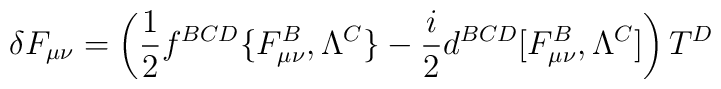
\delta F_{\mu\nu}=\left({1\over2}f^{BCD}\{F_{\mu\nu}^B, \Lambda^C\}-{i\over2}d^{BCD}[F_{\mu\nu}^B, \Lambda^C]\right)T^D